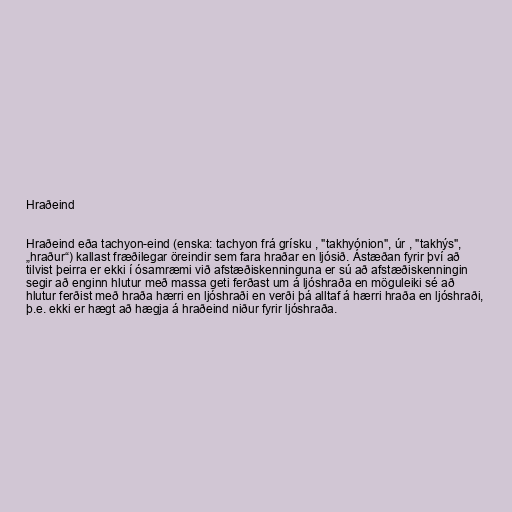
Hraðeind

Hraðeind eða tachyon-eind (enska: tachyon frá grísku , "takhyónion", úr , "takhýs",
„hraður“) kallast fræðilegar öreindir sem fara hraðar en ljósið. Ástæðan fyrir því að
tilvist þeirra er ekki í ósamræmi við afstæðiskenninguna er sú að afstæðiskenningin
segir að enginn hlutur með massa geti ferðast um á ljóshraða en möguleiki sé að
hlutur ferðist með hraða hærri en ljóshraði en verði þá alltaf á hærri hraða en ljóshraði,
þ.e. ekki er hægt að hægja á hraðeind niður fyrir ljóshraða.